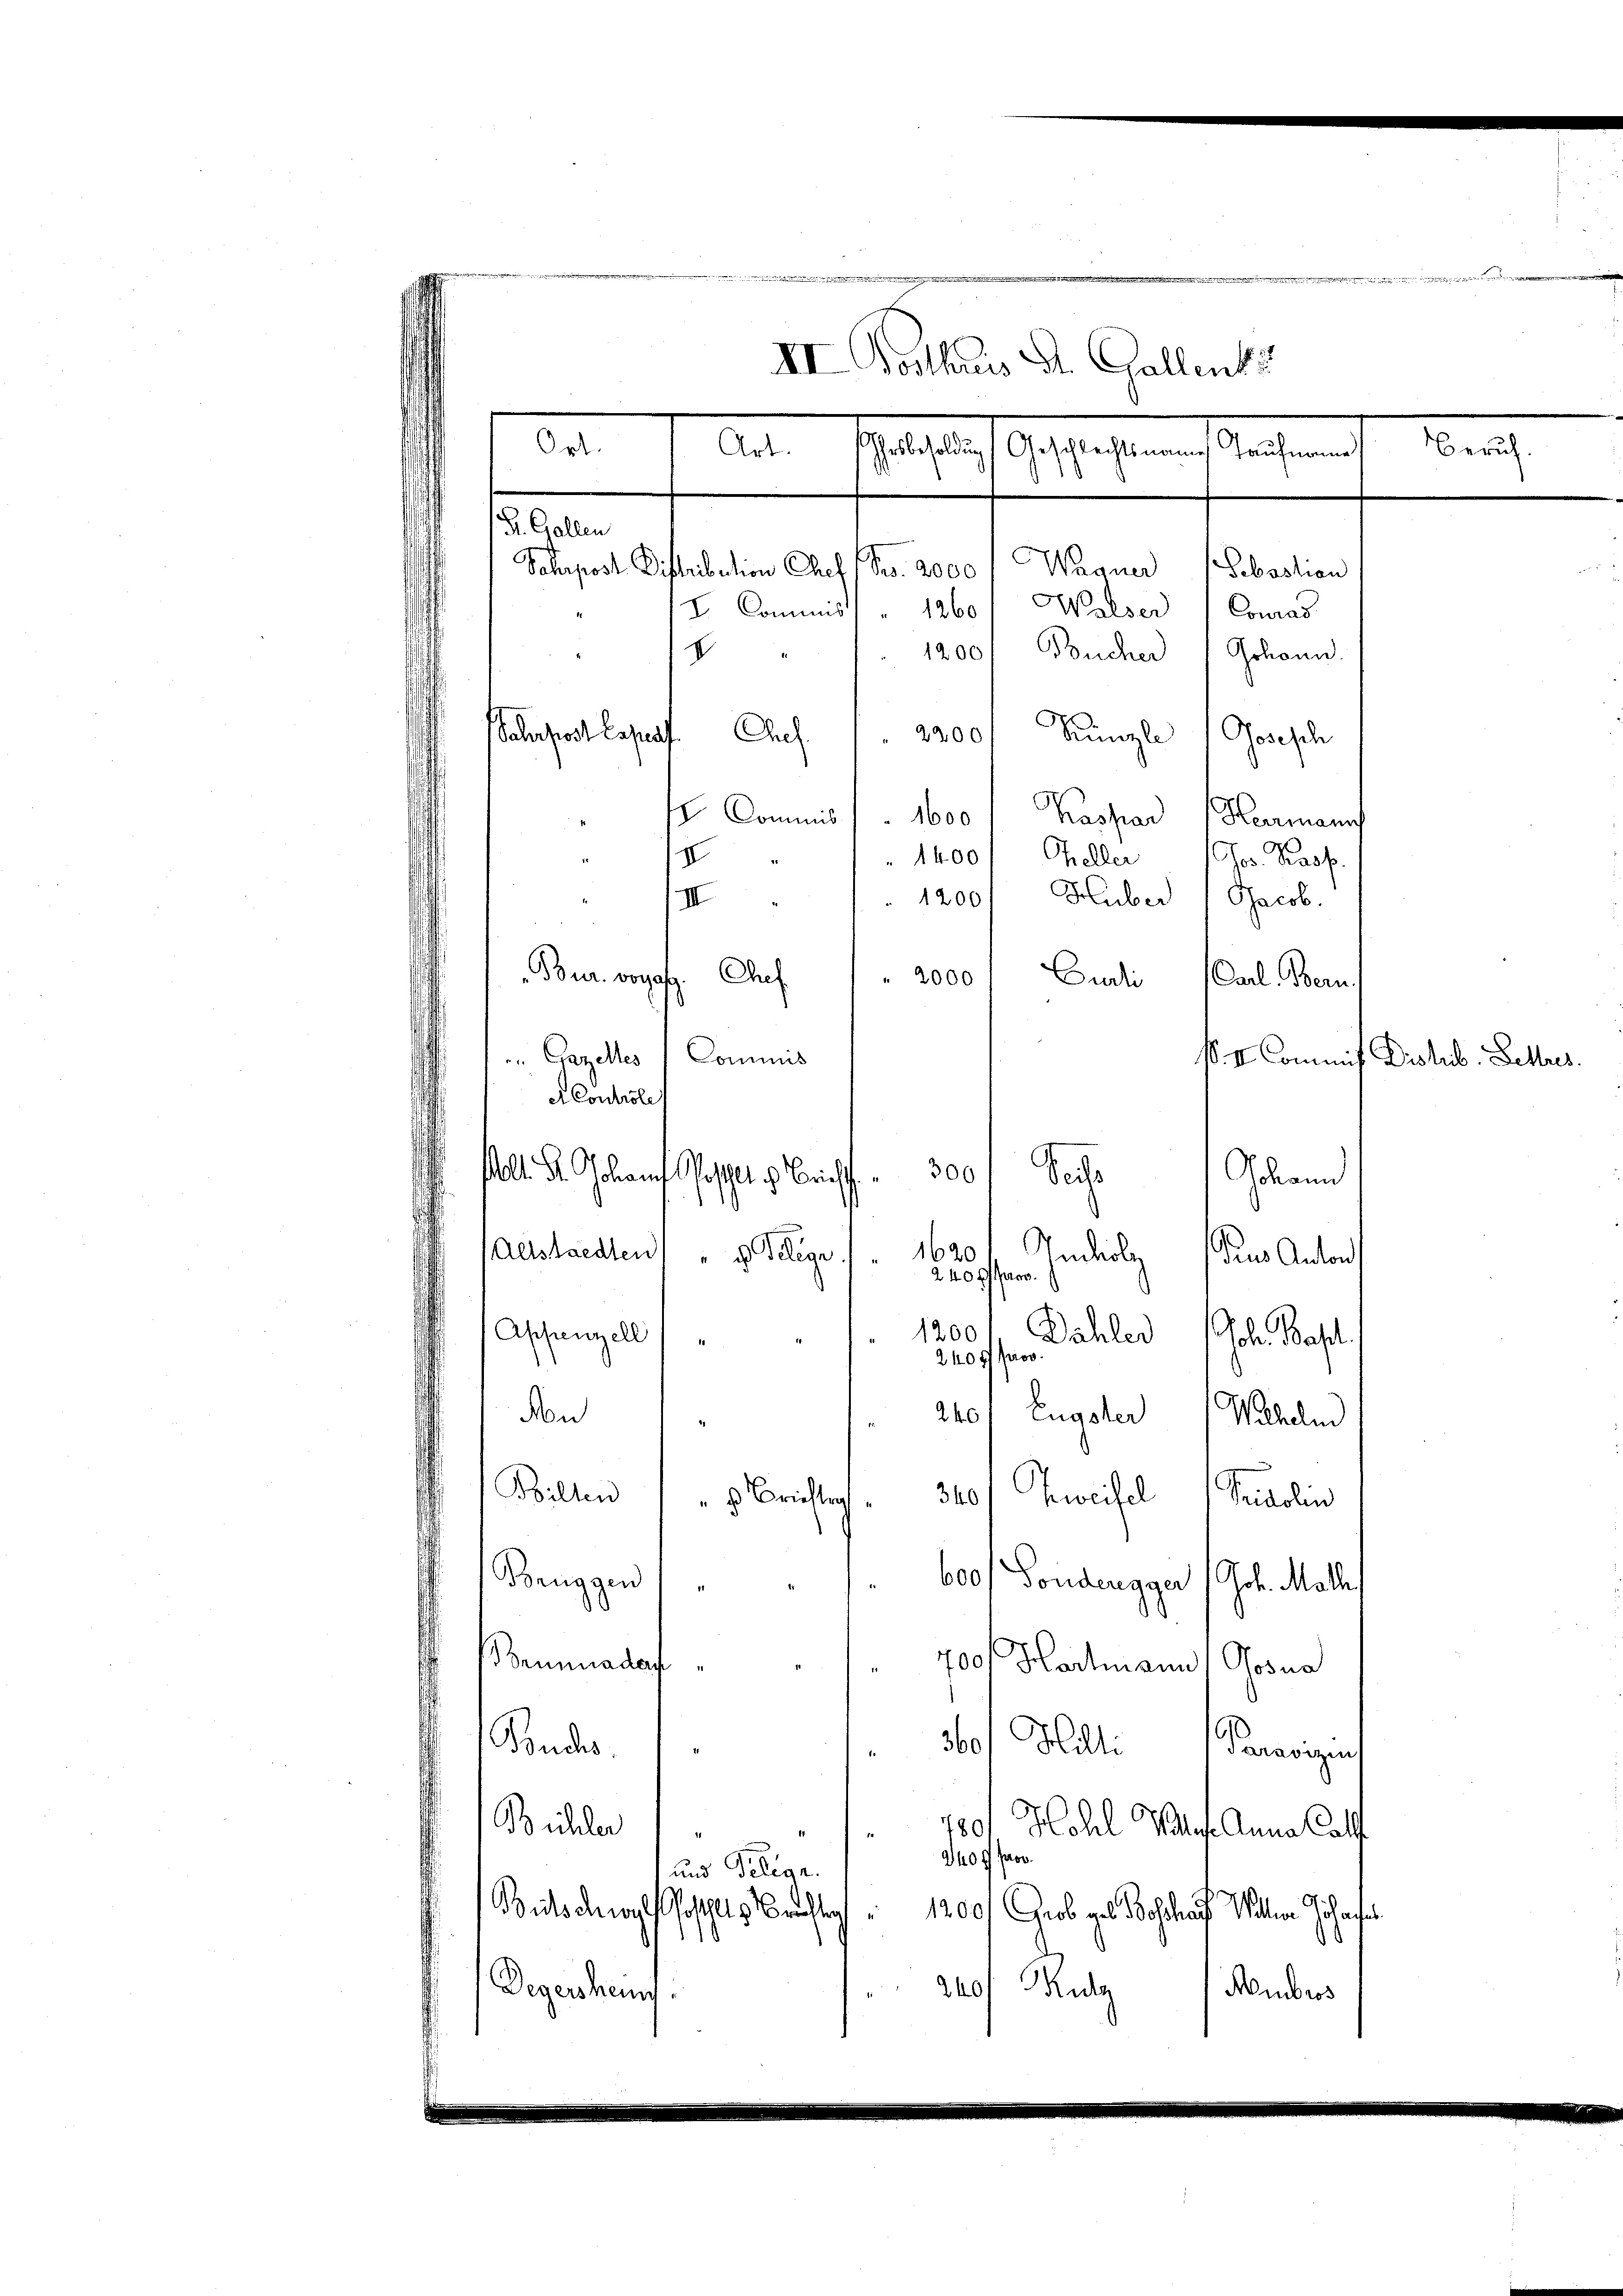
II Posthaus St. Gallenku
Beruh
Pherbesoldung
Geschlechtsnames Taufmanne
S. Gallen
Solpost Dittribution Chef / So. 2000, Wagner Sebastian
I Commis " 1260 / Walser Conras
1200/ Bücher Johann
V
Chef. 1 2200 Kanzle " Josesch
Sofort begrif

Ort.

Art.

I Commis
1600 / Kaspar Hermann
1400. Cheller (Ges. Prof.
IV
1200/ Huber 1 Jacob.
III
Bur. vorasz. Chef
 2000
Cudi
Carl. Bern,
 Gazelles (Commis
et Controle
300
ll. Dr. Johauf Geschl in Zürich
Sache
Ghannd
1620
Altstaedten "  Telege
Iniolg aus Anton
240 fl pro
1200
Appenzell
Dähler Joh. Basel
2400 pro
Non
2401 Engster Wilhelm
Bilten
340/ Zweifel 1 Seidolin
" Brieflig
Beuggen
600f Fondengger Joh. Math
eumnadau
700 Hartmann Gosua
360
Milligerweigen,
Buchs.
Büchler
7801 Hehl Volle. Anna Cath
340 f Jos.
und Pelian.
Bitschnorf Posthals Bruste
1200
Grob geb. Beschaft Walten Johanses
Rutz Hembros
240
Degershei

p. II. Commis Dislib. Lettres.

ge